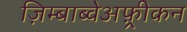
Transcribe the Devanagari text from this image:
ज़िम्बाब्वेअफ़्रीकन